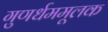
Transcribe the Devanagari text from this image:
गुणर्धममूलक